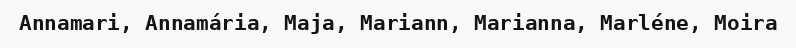
Annamari, Annamária, Maja, Mariann, Marianna, Marléne, Moira